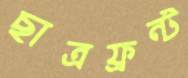
ছাত্রফ্রন্ট